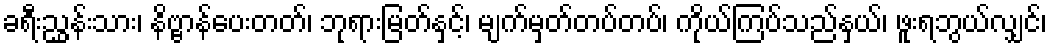
ခရီးညွှန်းသား၊ နိဗ္ဗာန်ပေးတတ်၊ ဘုရားမြတ်နှင့်၊ မျက်မှတ်တပ်တပ်၊ ကိုယ်ကြပ်သည်နှယ်၊ ဖူးရဘွယ်လျှင်၊